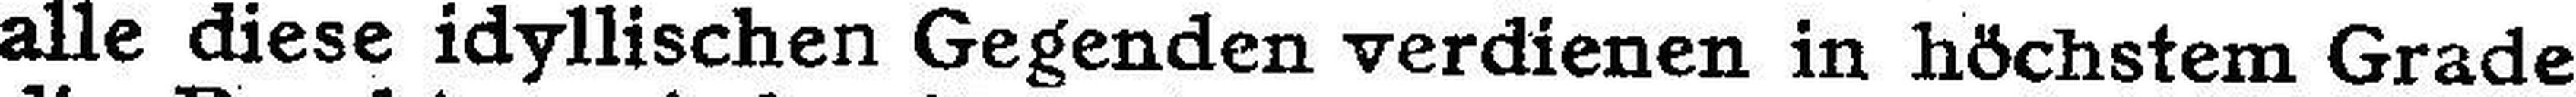
alle diese idyllischen Gegenden verdienen in höchstem Grade